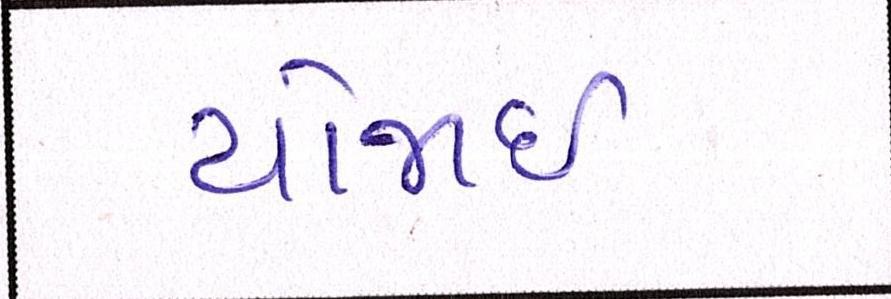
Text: યોજાઈ